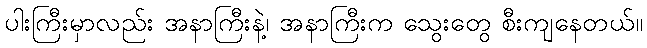
ပါးကြီးမှာလည်း အနာကြီးနဲ့၊ အနာကြီးက သွေးတွေ စီးကျနေတယ်။